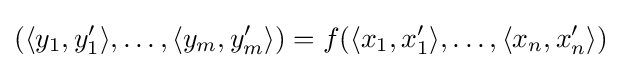
(\langle y_{1},y'_{1}\rangle ,\ldots ,\langle y_{m},y'_{m}\rangle )=f(\langle x_{1},x'_{1}\rangle ,\ldots ,\langle x_{n},x'_{n}\rangle )